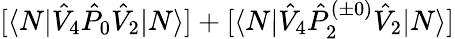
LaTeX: [\langle N|\hat{V}_{4}\hat{P}_{0}\hat{V}_{2}|N\rangle]+[\langle N|\hat{V}_{4}\hat{P}_{2}^{(\pm 0)}\hat{V}_{2}|N\rangle]